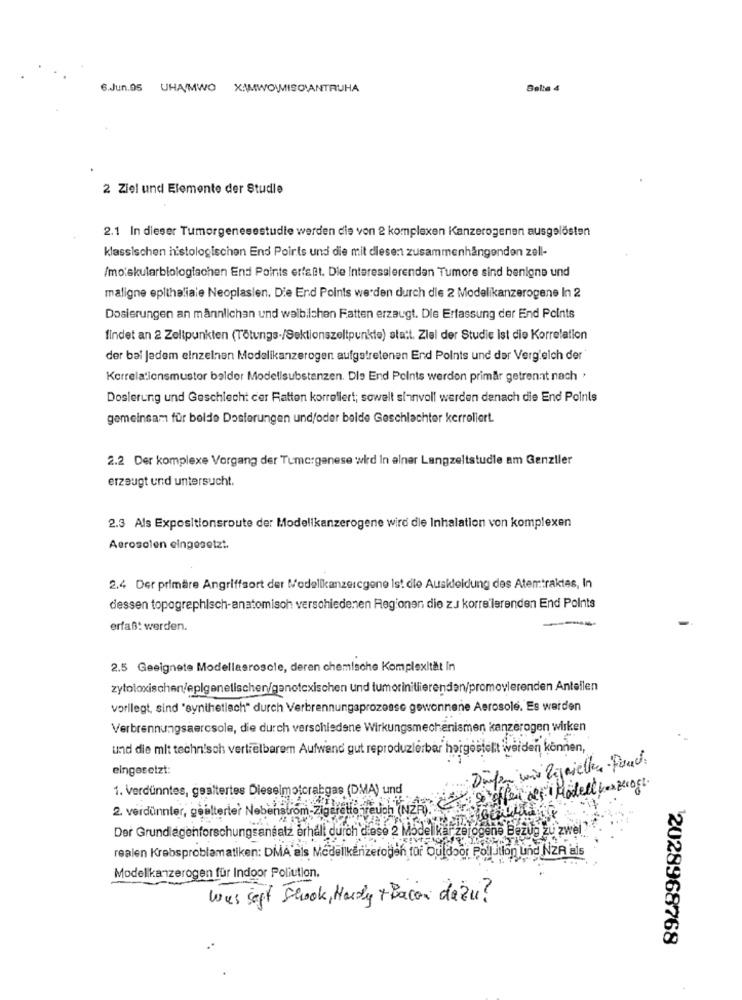
6.Jun.05 UHAMWO XAMWOWMISOMANTRUHA
Belte 4
2 Ziel und Elemente der Studie
2.1 In dieser Tumorgenesestudie werden die von 2 komplexen Kanzerogenen ausgelösten
klassischen histologischen End Points und die mit diesen zusammenhängenden zell-
/moiskutarbiologischen End Points erfaßt. Die Interessierendan Tumore sind benigne und
maligne epitheliale Neoplaslen. Die End Points werden durch die 2 Modelikanzerogene In 2
Dosierungen an männlichan und walbilchen Fatten erzeugt. Die Erfassung der End Points
findet an 2 Zeltpunkten (Tötungs-/Sektionszeltpunkte) statt. Ziel der Studie ist die Korrelation
der bal jedem einzelnen Modelikanzerogen aufgetretenen End Points und der Vergleich der
Korrelationsmustor balder Modellsubstanzen. Die End Points werden primär getrennt nach ,
Dosierung und Geschlecht cer Ratten korreliert; sowelt sinnvoll werden danach die End Points
gemeinsam für belde Dosierungen und/oder beide Geschlachter kerrellert.
2.2 Der komplexe Vorgang der Tumorgenese wird In einer Langzeltstudie am Genziler
erzeugt und untersucht.
2.3 Als Expositionsroute der Modelikanzerogene wird die Inhalation von komplexen
Aerosolen eingesetzt.
2.4 Der primäre Angriffsort der Modellkanzercgene ist die Auskleidung des Atemtraktes, In
dessen topographisch-anatomisch verschiedenen Regionen die zJ korre lerenden End Points
erfaßt werden.
2.5 Geeignete Modellasrosole, deren chemische Komplexität In
zytotoxischen/eplgenetischen/ganotexischen und tumorinitiierenden/promovierenden Antellen
vorliegt, sind "synthetlech" durch Verbrennungaprozesse gewonnene Aerosole. Es werden
Verbrennungsaercsole, die durch verschiedene Wirkungsmechanismen kanzerogen wirken
und die mit technisch vertretbarem Aufwand gut reproduzlerbar hergestellt iverden können,
eingesetzt:
1. Verdünntes, gesitertes Dieselmoicrabgas (DMA) und
rauch (NER) & offen der Modell herzogt.
2. verdünnler, geelterier Nebenstrom-zigtratte fotos int
Der Grundlagenforschungsansatz erhali durch diese a has de .. ..
Modelkar zerogene Bezug zu zwel"
realen Krebsproblematiken: DMÅ als Modellkenzerogeh für Ou door Politlon und NZA als
Modellikanzerogen für Indoor Poliution.
was soft Shook, Hardy +Bacon dazu?
12028968768